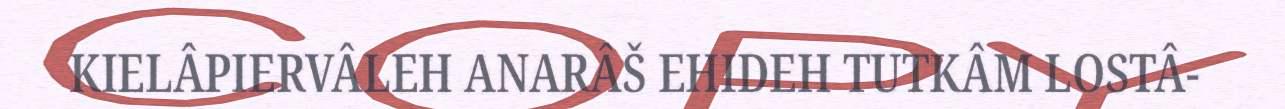
KIELÂPIERVÂLEH ANARÂŠ EHIDEH TUTKÂM LOSTÂ-